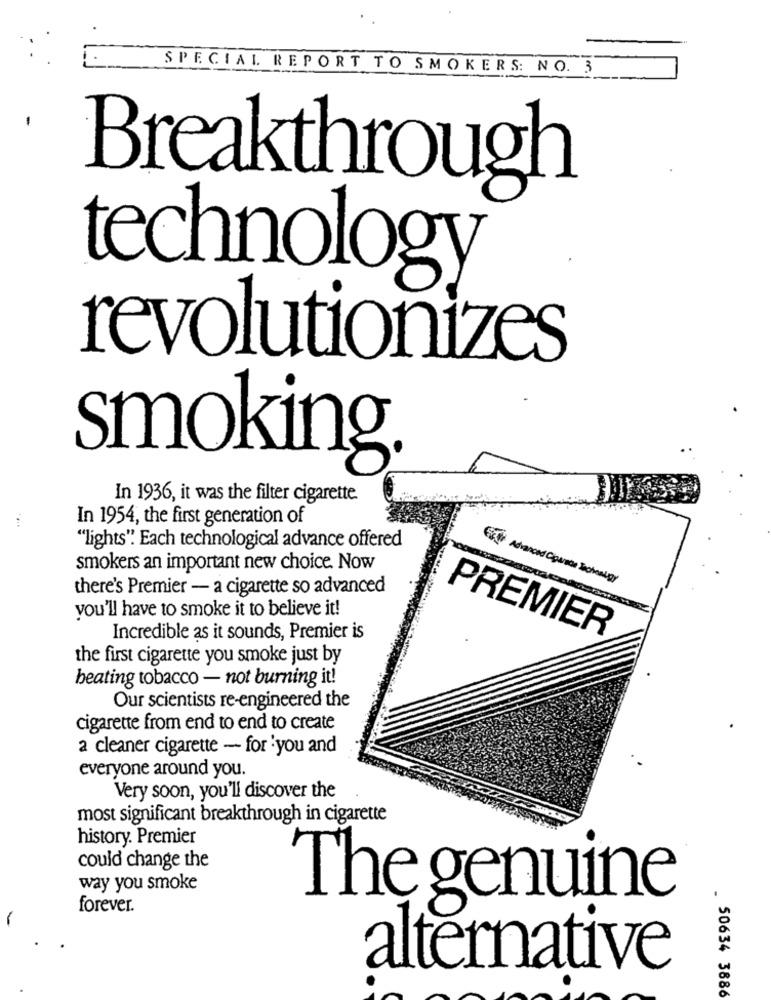
SPECIAL REPORT TO SMOKERS: NO. 3
Breakthrough
technology
revolutionizes
smoking.
In 1936, it was the filter cigarette.
In 1954, the first generation of
"lights". Each technological advance offered
smokers an important new choice. Now
Advanced Ciparece Jachenugy
there's Premier - a cigarette so advanced
you'll have to smoke it to believe it!
PREMIER
Incredible as it sounds, Premier is
the first cigarette you smoke just by
beating tobacco - not burning it!
Our scientists re-engineered the
cigarette from end to end to create
a cleaner cigarette - for you and
everyone around you.
Very soon, you'll discover the
most significant breakthrough in cigarette
history. Premier
could change the
way you smoke
forever.
The genuine
-
alternative
50634 3886